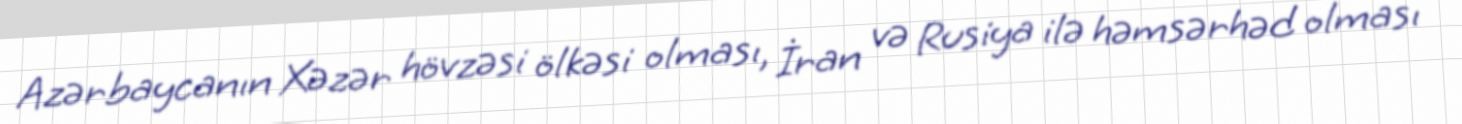
Azərbaycanın Xəzər hövzəsi ölkəsi olması, İran və Rusiya ilə həmsərhəd olması